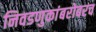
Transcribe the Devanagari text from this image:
निवडणुकांबरोबरच